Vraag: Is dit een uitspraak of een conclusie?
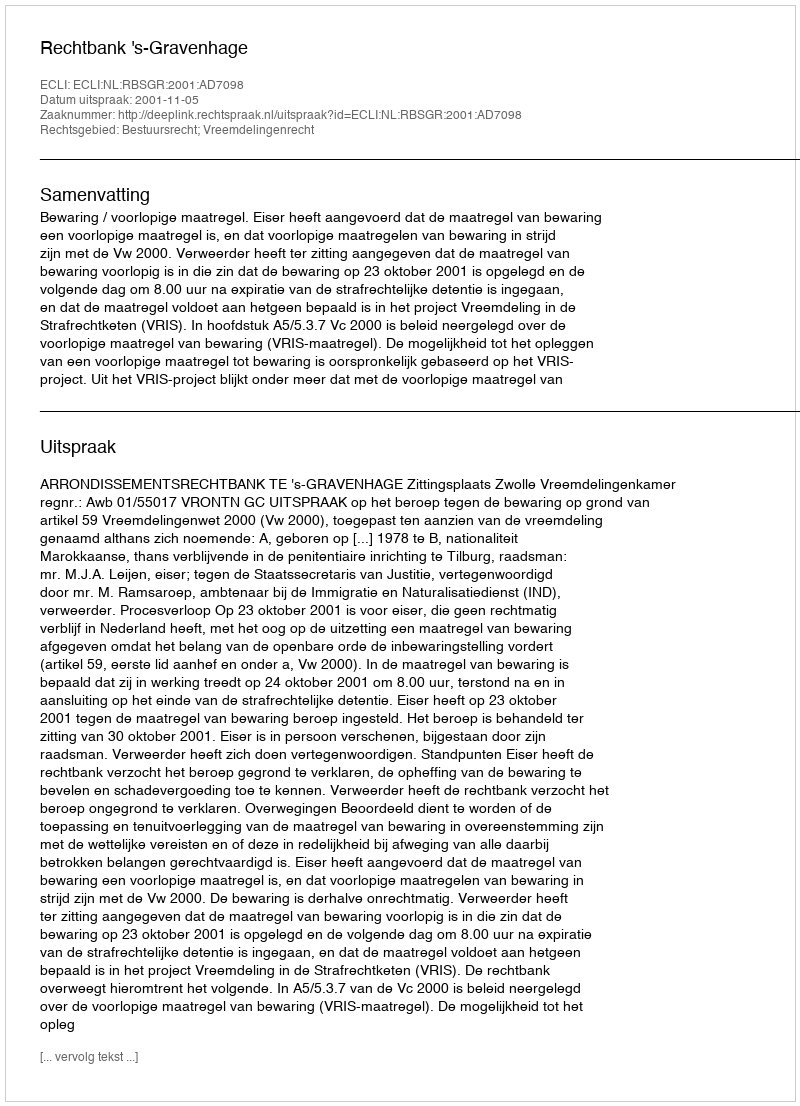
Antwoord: Uitspraak